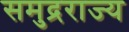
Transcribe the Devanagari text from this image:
समुद्रराज्य